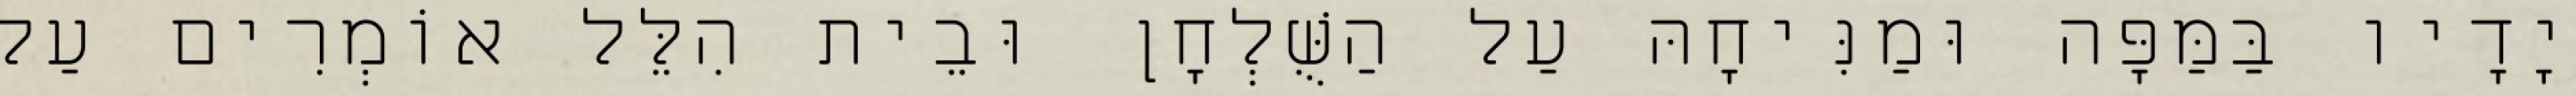
יָדָיו בַּמַּפָּה וּמַנִּיחָהּ עַל הַשֻּׁלְחָן וּבֵית הִלֵּל אוֹמְרִים עַל